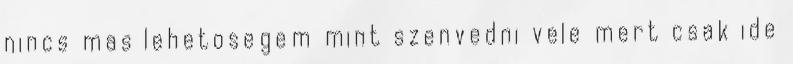
nincs mas lehetosegem mint szenvedni vele mert csak ide